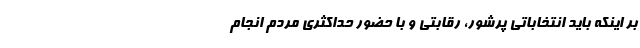
بر اینکه باید انتخاباتی پرشور، رقابتی و با حضور حداکثری مردم انجام